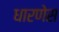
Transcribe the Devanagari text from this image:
धारणेस